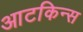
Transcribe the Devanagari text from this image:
आटकिन्स